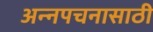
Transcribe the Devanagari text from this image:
अन्‍नपचनासाठी